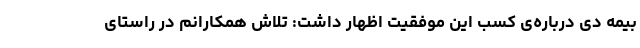
بیمه دی درباره‌ی کسب این موفقیت اظهار داشت: تلاش همکارانم در راستای